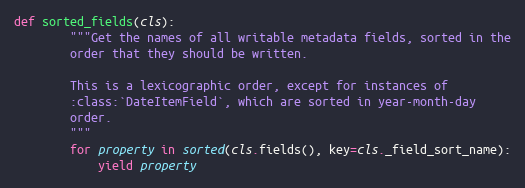
Language: Python
def sorted_fields(cls):
        """Get the names of all writable metadata fields, sorted in the
        order that they should be written.

        This is a lexicographic order, except for instances of
        :class:`DateItemField`, which are sorted in year-month-day
        order.
        """
        for property in sorted(cls.fields(), key=cls._field_sort_name):
            yield property